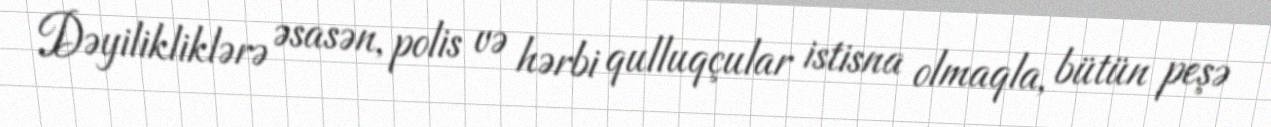
Dəyilikliklərə əsasən, polis və hərbi qulluqçular istisna olmaqla, bütün peşə